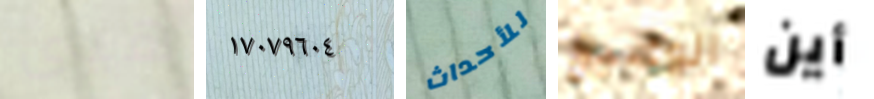
هيى ١٧٠٧٩٦٠٤ للأحداث الوضيع أين